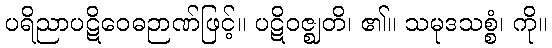
ပရိညာပဋိဝေဓဉာဏ်ဖြင့်။ ပဋိဝဇ္ဈတိ၊ ၏။ သမုဒသစ္စံ၊ ကို။